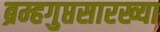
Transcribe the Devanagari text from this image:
ब्रम्हगुप्तसारख्या